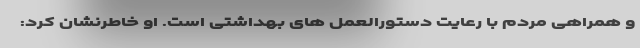
و همراهی مردم با رعایت دستورالعمل های بهداشتی است. او خاطرنشان کرد: